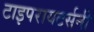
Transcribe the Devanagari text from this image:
टाइपरायटर्सनी